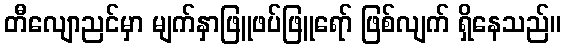
တီလျောညင်မှာ မျက်နှာဖြူဖပ်ဖြူရော် ဖြစ်လျက် ရှိနေသည်။